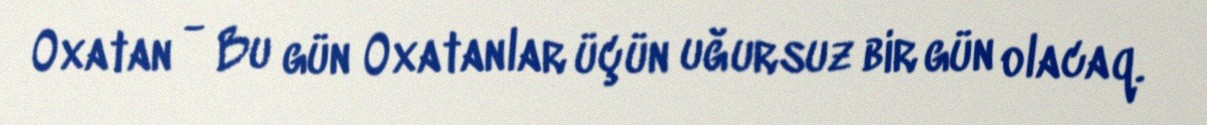
Oxatan - Bu gün Oxatanlar üçün uğursuz bir gün olacaq.